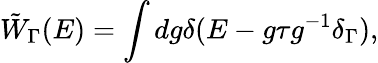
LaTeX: \tilde{W}_{\Gamma}(E)=\int dg\delta(E-g\tau g^{-1}\delta_{\Gamma}),